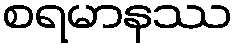
စရမာနဿ